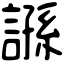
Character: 𧪾